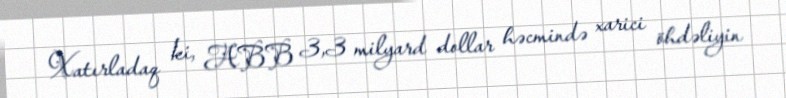
Xatırladaq ki, ABB 3,3 milyard dollar həcmində xarici öhdəliyin